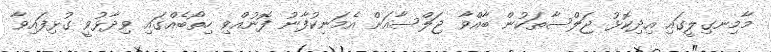
މާމިނގިލީގައި އިދިކޮޅު ޖަލްސާތަކުން ބާއްވާ ޖަލްސާއަށް އެމަނިކުފާނު ފޮނުއްވި ހިތޯބެއްގައި ވިދާޅުވީ ގުޅިފައިވާ